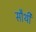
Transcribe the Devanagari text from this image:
सौथी